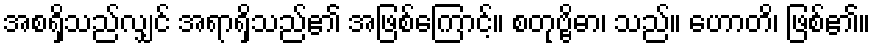
အစရှိသည်လျှင် အရာရှိသည်၏ အဖြစ်ကြောင့်။ စတုဗ္ဗိဓာ၊ သည်။ ဟောတိ၊ ဖြစ်၏။